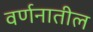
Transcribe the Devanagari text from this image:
वर्णनातील